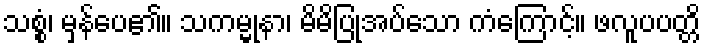
သစ္စံ၊ မှန်ပေ၏။ သကမ္မုနာ၊ မိမိပြုအပ်သော ကံကြောင့်။ ဖလူပပတ္တိ